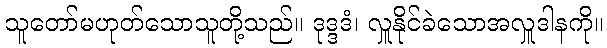
သူတော်မဟုတ်သောသူတို့သည်။ ဒုဒ္ဒဒံ၊ လှူနိုင်ခဲသောအလှူဒါနကို။